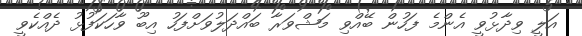
އަލީ ވިދާޅުވީ އެންމެ ފަހުން ބޭއްވި މަޝްވަރާ ބައްދަލުވަށްފަހު އިބޫ ވާހަކަފުޅު ދެއްކެވީ